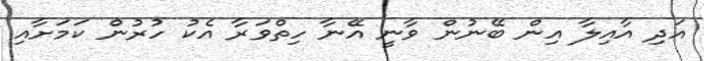
އަދި އާއިލާ އިން ބޭނުން ވާނީ އޭނާ ހިތްވަރާ އެކު ހުރުން ކަމަށާއި